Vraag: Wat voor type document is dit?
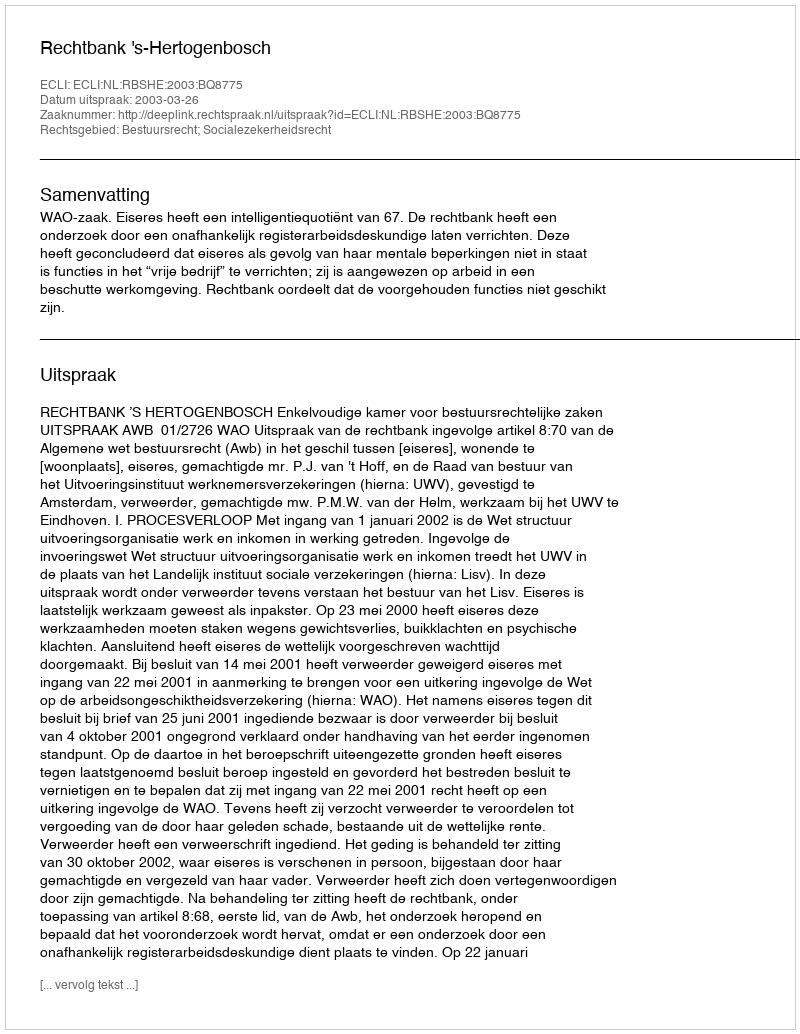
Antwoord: Uitspraak